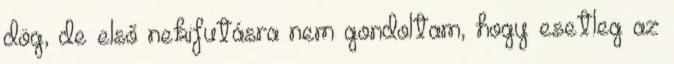
dög, de első nekifutásra nem gondoltam, hogy esetleg az